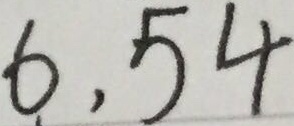
6 , 5 4